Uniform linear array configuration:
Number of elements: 48
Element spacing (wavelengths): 0.25
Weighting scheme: blackman
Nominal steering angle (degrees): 45
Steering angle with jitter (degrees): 44.029
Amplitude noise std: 0.05
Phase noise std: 0.05

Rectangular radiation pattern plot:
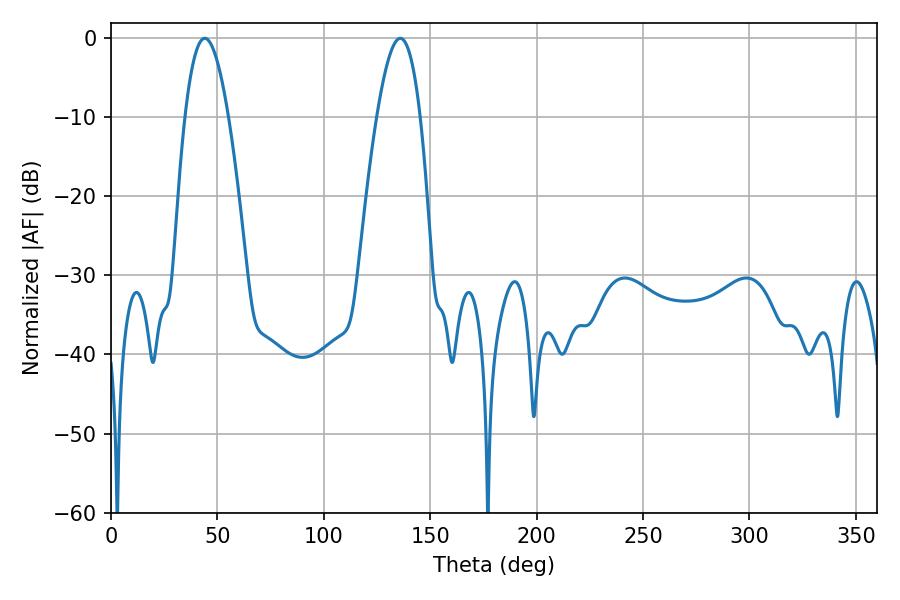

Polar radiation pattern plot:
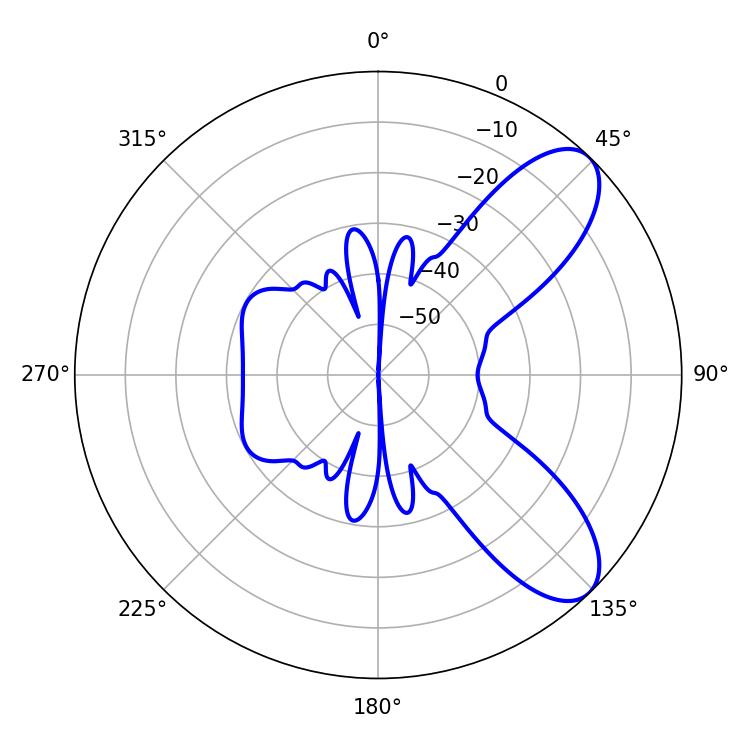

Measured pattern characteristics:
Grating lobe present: FALSE
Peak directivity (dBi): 8.34
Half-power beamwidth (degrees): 11.16
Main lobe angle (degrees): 44.1